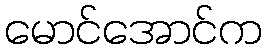
မောင်အောင်က